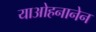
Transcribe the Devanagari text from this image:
याओहनानेन